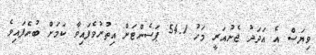
ވިޔަސް އެ އަދަދު ޖެނުއަރީ މަހު 54.1 ޕަސެންޓަށް އިތުރުވެފައިވާ ކަމަށް ބުނެފައިވެ